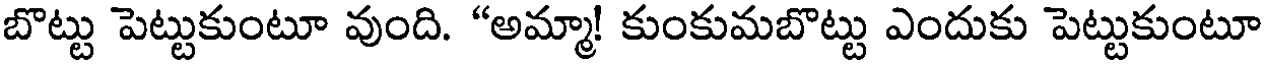
బొట్టు పెట్టుకుంటూ వుంది. "అమ్మా! కుంకుమబొట్టు ఎందుకు పెట్టుకుంటూ